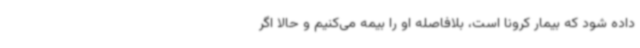
داده شود که بیمار کرونا است، بلافاصله او را بیمه می‌کنیم و حالا اگر